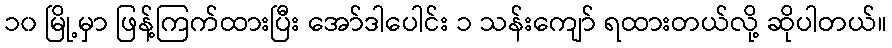
၁၀ မြို့မှာ ဖြန့်ကြက်ထားပြီး အော်ဒါပေါင်း ၁ သန်းကျော် ရထားတယ်လို့ ဆိုပါတယ်။